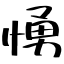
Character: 愑